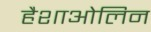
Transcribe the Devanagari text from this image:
हैशाओलिन